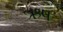
ઋષ